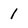
Character: 1